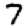
Digit: 7